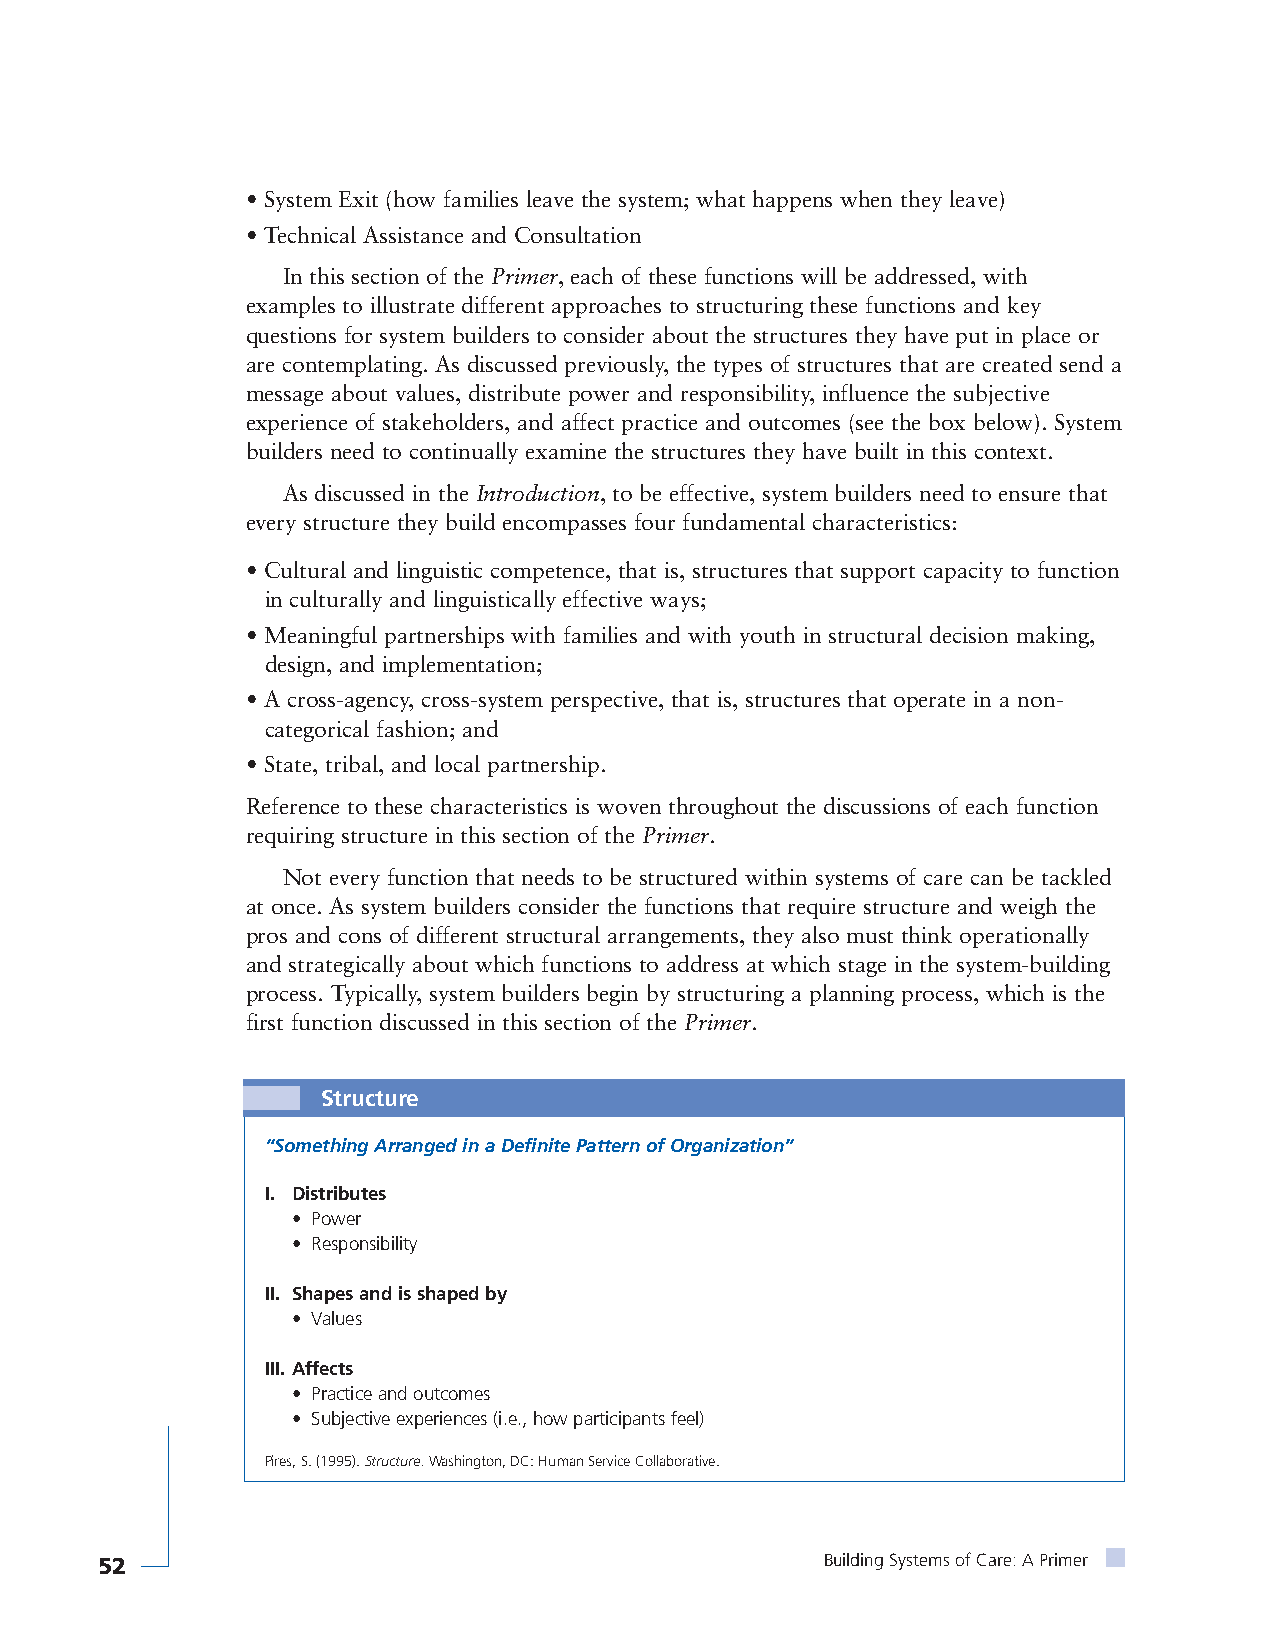
• System Exit (how families leave the system; what happens when they leave)
 • Technical Assistance and Consultation
 In this section of the Primer, each of these functions will be addressed, with
 examples to illustrate different approaches to structuring these functions and key
 questions for system builders to consider about the structures they have put in place or
 are contemplating. As discussed previously, the types of structures that are created send a
 message about values, distribute power and responsibility, influence the subjective
 experience of stakeholders, and affect practice and outcomes (see the box below). System
 builders need to continually examine the structures they have built in this context.
 As discussed in the Introduction, to be effective, system builders need to ensure that
 every structure they build encompasses four fundamental characteristics:
 • Cultural and linguistic competence, that is, structures that support capacity to function
 in culturally and linguistically effective ways;
 • Meaningful partnerships with families and with youth in structural decision making,
 design, and implementation;
 • A cross-agency, cross-system perspective, that is, structures that operate in a non-
 categorical fashion; and
 • State, tribal, and local partnership.
 Reference to these characteristics is woven throughout the discussions of each function
 requiring structure in this section of the Primer.
 Not every function that needs to be structured within systems of care can be tackled
 at once. As system builders consider the functions that require structure and weigh the
 pros and cons of different structural arrangements, they also must think operationally
 and strategically about which functions to address at which stage in the system-building
 process. Typically, system builders begin by structuring a planning process, which is the
 first function discussed in this section of the Primer.
 Structure
 “Something Arranged in a Definite Pattern of Organization”
 I. Distributes
 • Power
 • Responsibility
 II. Shapes and is shaped by
 • Values
 III. Affects
 • Practice and outcomes
 • Subjective experiences (i.e., how participants feel)
 Pires, S. (1995). Structure.Washington, DC: Human Service Collaborative.
 52                                               Building Systems of Care: A Primer